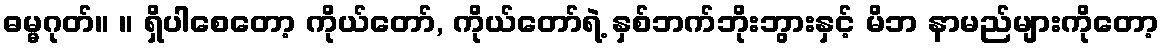
ဓမ္မဂုတ်။ ။ ရှိပါစေတော့ ကိုယ်တော်, ကိုယ်တော်ရဲ့ နှစ်ဘက်ဘိုးဘွားနှင့် မိဘ နာမည်များကိုတော့